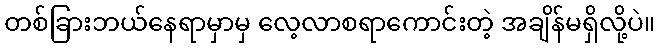
တစ်ခြားဘယ်နေရာမှာမှ လေ့လာစရာကောင်းတဲ့ အချိန်မရှိလို့ပဲ။